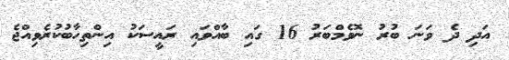
އަދި ދެ ވަނަ ބުރު ނޮވެމްބަރު 16 ގައި ބާއްވައި ރައީސަކު އިންތިހާބުކުރެވިއްޖެ